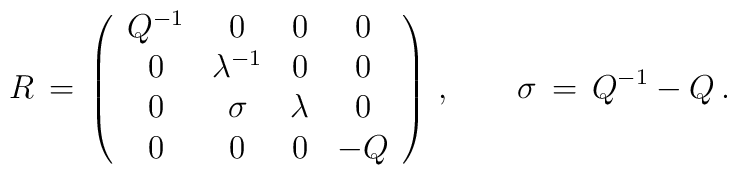
R\,=\,\left(\begin{array}{cccc}Q^{-1} & 0 & 0 & 0 \\0 & \lambda ^{-1} & 0 & 0 \\0 & \sigma & \lambda & 0 \\0 & 0 & 0 & -Q\end{array}\right)\,, \qquad\sigma \,=\,Q^{-1}-Q\,.